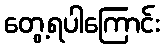
တွေ့ရပါကြောင်း